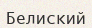
Белиский